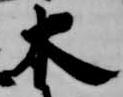
木